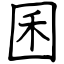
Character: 囷